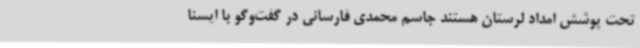
تحت پوشش امداد لرستان هستند جاسم محمدی فارسانی در گفت‌وگو با ایسنا